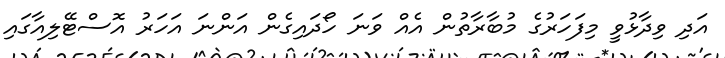
އަދި ވިދާޅުވީ މިފަހަރުގެ މުބާރާތުން އެއް ވަނަ ހޯދައިގެން އަންނަ އަހަރު އޮސްޓޭލިއާގައި